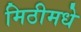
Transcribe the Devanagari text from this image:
मिठीमधे